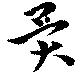
異